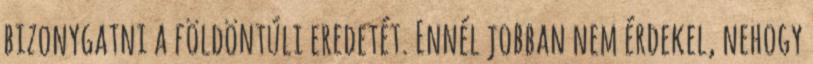
bizonygatni a földöntúli eredetét. Ennél jobban nem érdekel, nehogy